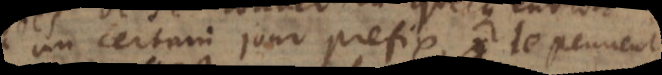
un certain jour prefix, le peuvent